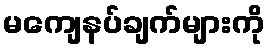
မကျေနပ်ချက်များကို